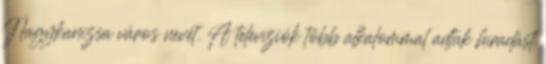
Nagykanizsa város nevét. A televíziók több alkalommal adtak híradást